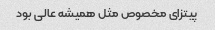
پیتزای مخصوص مثل همیشه عالی بود